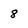
Character: 8